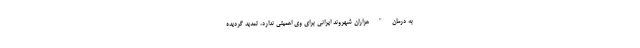
به درمان " هزاران شهروند ایرانی برای وی اهمیتی ندارد، تمدید گردیده